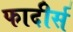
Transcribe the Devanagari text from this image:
फादीर्स